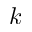
k